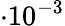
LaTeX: \cdot 10^{-3}